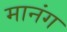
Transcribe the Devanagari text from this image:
मानंग